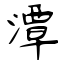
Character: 潭